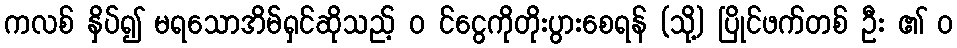
ကလစ် နှိပ်၍ မရသောအိမ်ရှင်ဆိုသည့် ၀ င်ငွေကိုတိုးပွားစေရန် (သို့) ပြိုင်ဖက်တစ် ဦး ၏ ၀